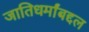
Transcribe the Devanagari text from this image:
जातिधर्मांबद्दल